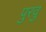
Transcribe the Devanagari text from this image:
पुरवु